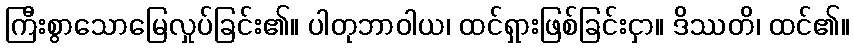
ကြီးစွာသောမြေလှုပ်ခြင်း၏။ ပါတုဘာဝါယ၊ ထင်ရှားဖြစ်ခြင်းငှာ။ ဒိဿတိ၊ ထင်၏။